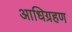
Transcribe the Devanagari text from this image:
आधिग्रहण